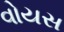
વોયસ